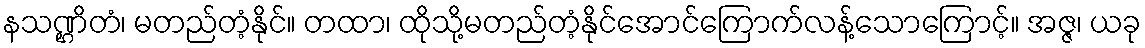
နသဏ္ဌိတံ၊ မတည်တံ့နိုင်။ တထာ၊ ထိုသို့မတည်တံ့နိုင်အောင်ကြောက်လန့်သောကြောင့်။ အဇ္ဇ၊ ယခု